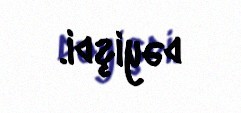
dəyişdi.